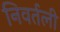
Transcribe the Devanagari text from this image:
निवर्तली